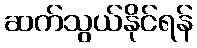
ဆက်သွယ်နိုင်ရန်